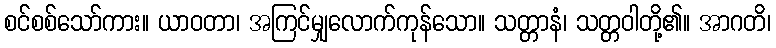
စင်စစ်သော်ကား။ ယာဝတာ၊ အကြင်မျှလောက်ကုန်သော။ သတ္တာနံ၊ သတ္တဝါတို့၏။ အာဂတိ၊